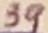
Text: 39